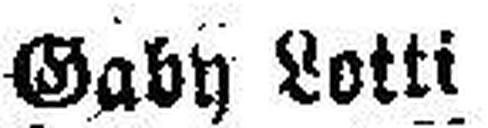
Gaby Sotti